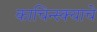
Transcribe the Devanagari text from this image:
काचिन्स्क्याचे